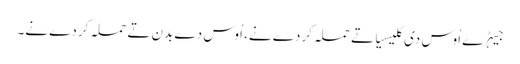
جیہڑے اُوس دی کلیسیا تے حملہ کردے نے، اُوس دے بدن تے حملہ کردے نے۔